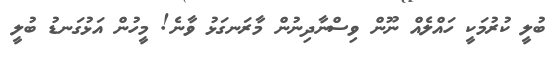
ބުލީ ކުރުމަކީ ހައްލެއް ނޫން ވިސްނާދިނުން މާރަނގަޅު ވާނެ! މީހުން އަޅުގަނޑު ބުލީ